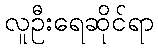
လူဦးရေဆိုင်ရာ